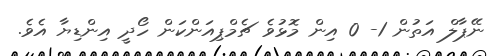
ނޭޕާލް އަތުން 1- 0 އިން މޮޅުވެ ޗެމްޕިއަންކަން ހޯދީ އިންޑިޔާ އެވެ.